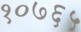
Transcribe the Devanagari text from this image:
१०७६५